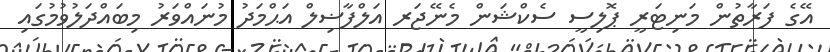
އޭގެ ފަރާތުން މަނިޓަރީ ޕޮލިސީ ސެކްޝަން މެނޭޖަރ އަލްފާޟިލް އަޙްމަދު މުނައްވަރު މިބައްދަލުވުމުގައި